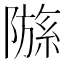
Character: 𫕗